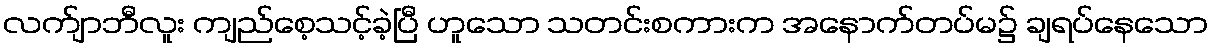
လက်ျာဘီလူး ကျည်စေ့သင့်ခဲ့ပြီ ဟူသော သတင်းစကားက အနောက်တပ်မ၌ ချရပ်နေသော